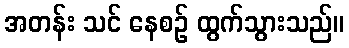
အတန်း သင် နေစဉ် ထွက်သွားသည်။